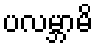
ပလမ္ဘာမိ